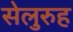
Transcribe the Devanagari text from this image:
सेलुरुह